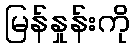
မြန်နှုန်းကို